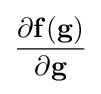
{\frac {\partial \mathbf {f} (\mathbf {g} )}{\partial \mathbf {g} }}